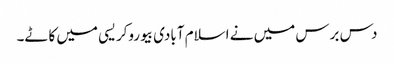
دس برس میں نے اسلام آبادی بیوروکریسی میں کاٹے۔